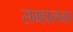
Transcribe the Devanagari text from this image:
सम्हालना